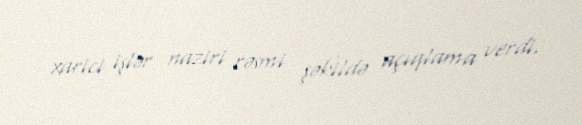
xarici işlər naziri rəsmi şəkildə açıqlama verdi.